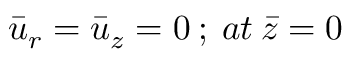
{ \bar { u } } _ { r } = { \bar { u } } _ { z } = 0 { \: } ; { \: } a t { \: } \bar { z } = 0